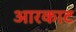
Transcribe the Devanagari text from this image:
आरकाट